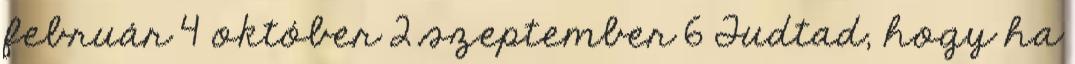
február 4 október 2 szeptember 6 Tudtad, hogy ha